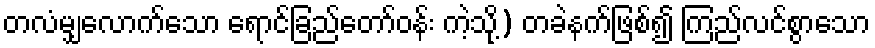
တလံမျှလောက်သော ရောင်ခြည်တော်ဝန်း ကဲ့သို့) တခဲနက်ဖြစ်၍ ကြည်လင်စွာသော